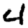
Digit: 4